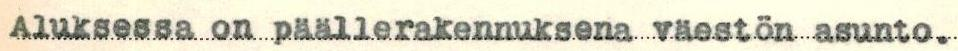
Aluksessa on päällerakennuksena väestön asunto.